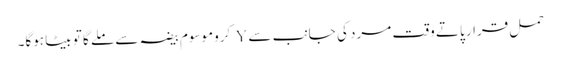
حمل قرار پاتے وقت مرد کی جانب سے Y کروموسوم بیضہ سے ملے گا تو بیٹا ہوگا۔